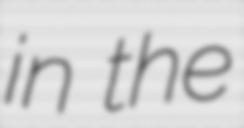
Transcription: in the